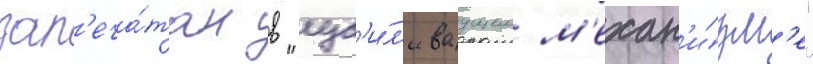
зап'еча́тан в "ус'и́л'иваущем м'ехан'и́зм'е"